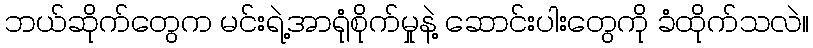
ဘယ်ဆိုက်တွေက မင်းရဲ့အာရုံစိုက်မှုနဲ့ ဆောင်းပါးတွေကို ခံထိုက်သလဲ။